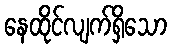
နေထိုင်လျက်ရှိသော